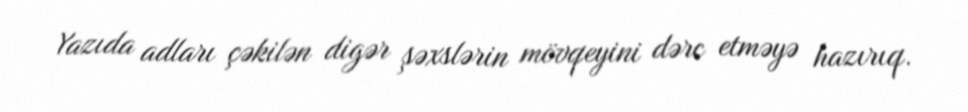
Yazıda adları çəkilən digər şəxslərin mövqeyini dərc etməyə hazırıq.